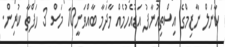
ކާނަލް ނާޒިމްގެ އިސްތިއުނާފު އަޑުއެހުމެއް މާދަމާ ބާއްވަނީ10 މަސް 3 ހަފްތާ ކުރިން.